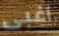
اغبى